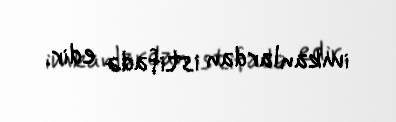
imkanlardan istifadə edir.